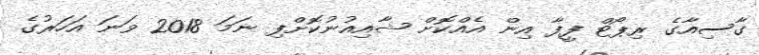
ގާސިއާގެ ރިޕޯޓް ފީފާ އިން އެއްކޮށް ޝާއިއުނުކޮށްފި ނަމަ 2018 ވަނަ އަހަރުގެ